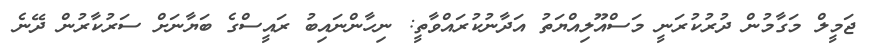
ޖަމީލް މަގާމުން ދުރުކުރަނީ މަސްއޫލިއްޔަތު އަދާނުކުރައްވާތީ: ނިހާންނައިބު ރައީސްގެ ބަޔާނަށް ސަރުކާރުން ދޭނެ